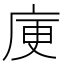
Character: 𭙜